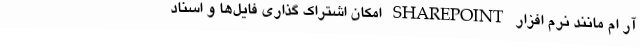
آر ام مانند نرم افزار SHAREPOINT امکان اشتراک گذاری فایل‌ها و اسناد